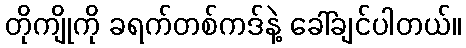
တိုကျိုကို ခရက်တစ်ကဒ်နဲ့ ခေါ်ချင်ပါတယ်။